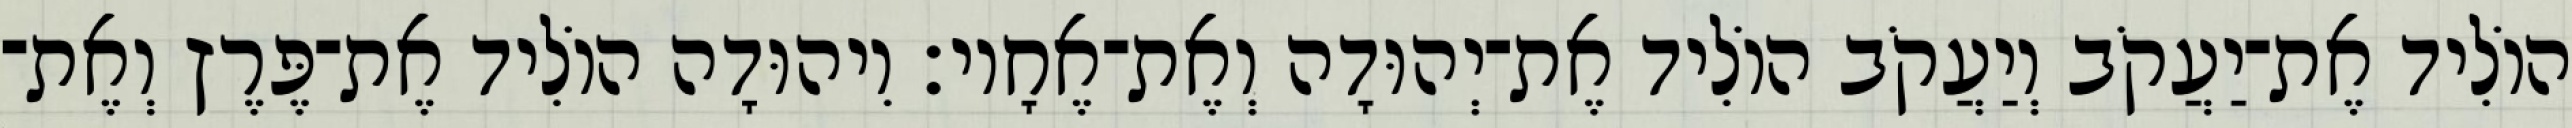
הוֹלִיד אֶת־יַעֲקֹב וְיַעֲקֹב הוֹלִיד אֶת־יְהוּדָה וְאֶת־אֶחָיו׃ וִיהוּדָה הוֹלִיד אֶת־פֶּרֶץ וְאֶת־